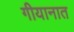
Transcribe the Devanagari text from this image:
गीयानात